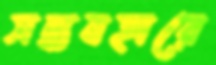
সদ্ব্যবহারে